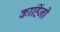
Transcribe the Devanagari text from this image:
काहिंनी